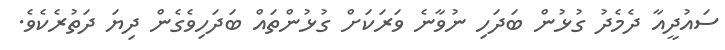
ސައުދީއާ ދެމެދު ގުޅުން ބަދަހި ނުވާނެ ވަރަކަށް ގުޅުންތައް ބަދަހިވެގެން ދިޔަ ދަތުރެކެވެ.